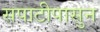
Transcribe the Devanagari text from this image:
सपाटीपासुन